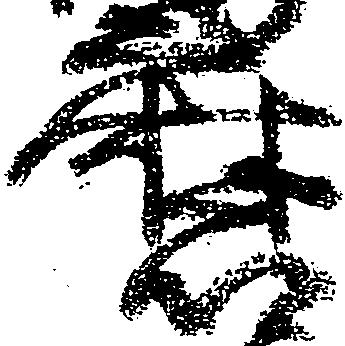
磨